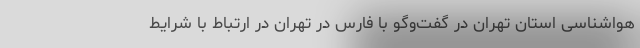
هواشناسی استان تهران در گفت‌وگو با فارس در تهران در ارتباط با شرایط